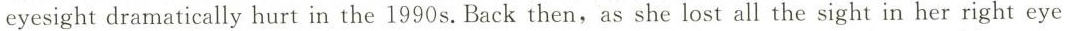
eyesight dramatically hurt in the 1990 s. Back then,as she lost all the sight in her right eye